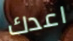
اعدك